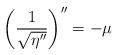
LaTeX: \begin{align*}\left(\frac{1}{\sqrt{\eta''}}\right)''=-\mu\end{align*}